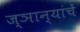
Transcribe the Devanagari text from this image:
ज्ञान्यांचें